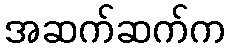
အဆက်ဆက်က